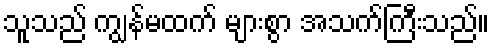
သူသည် ကျွန်မထက် များစွာ အသက်ကြီးသည်။